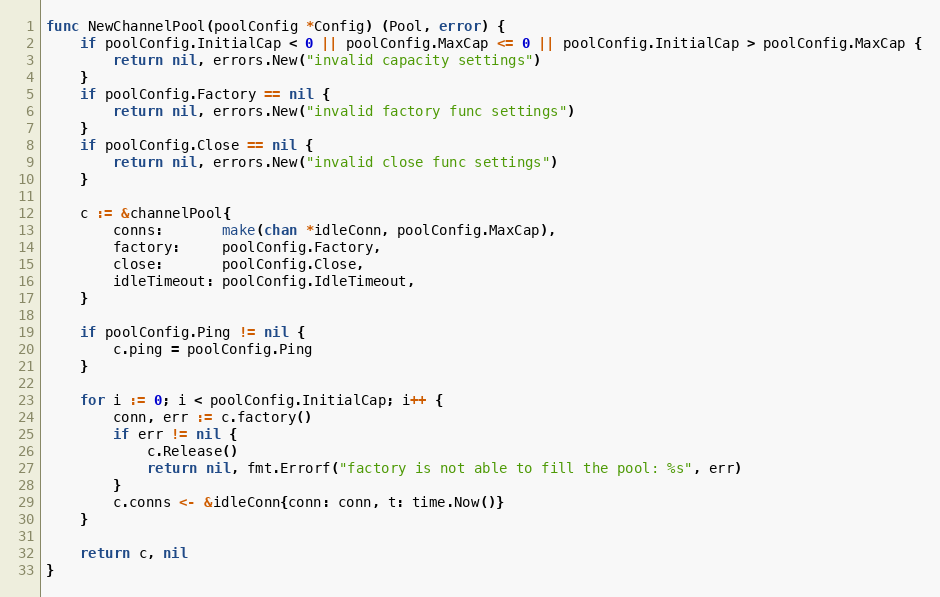
Language: Go
func NewChannelPool(poolConfig *Config) (Pool, error) {
	if poolConfig.InitialCap < 0 || poolConfig.MaxCap <= 0 || poolConfig.InitialCap > poolConfig.MaxCap {
		return nil, errors.New("invalid capacity settings")
	}
	if poolConfig.Factory == nil {
		return nil, errors.New("invalid factory func settings")
	}
	if poolConfig.Close == nil {
		return nil, errors.New("invalid close func settings")
	}

	c := &channelPool{
		conns:       make(chan *idleConn, poolConfig.MaxCap),
		factory:     poolConfig.Factory,
		close:       poolConfig.Close,
		idleTimeout: poolConfig.IdleTimeout,
	}

	if poolConfig.Ping != nil {
		c.ping = poolConfig.Ping
	}

	for i := 0; i < poolConfig.InitialCap; i++ {
		conn, err := c.factory()
		if err != nil {
			c.Release()
			return nil, fmt.Errorf("factory is not able to fill the pool: %s", err)
		}
		c.conns <- &idleConn{conn: conn, t: time.Now()}
	}

	return c, nil
}